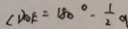
\angle D O E = 1 8 0 ^ { \circ } - \frac { 1 } { 2 } \alpha